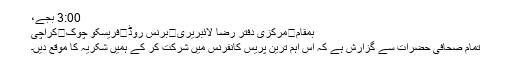
3:00 بجے،
بمقام	مرکزی دفتر رضا لائبریری	برنس روڈ	فریسکو چوک	کراچی
تمام صحافی حضرات سے گزارش ہے کہ اس اہم ترین پریس کانفرنس میں شرکت کر کے ہمیں شکریہ کا موقع دیں۔